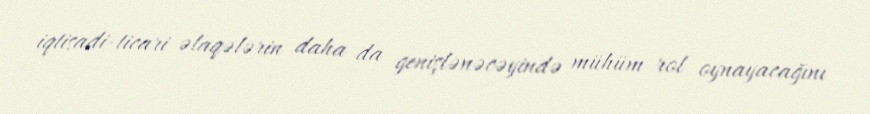
iqtisadi-ticari əlaqələrin daha da genişlənəcəyində mühüm rol oynayacağını